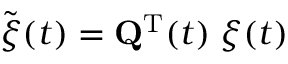
\widetilde { { \boldsymbol \xi } } ( t ) = { \mathbf Q } ^ { { \mathrm T } } ( t ) \; { \boldsymbol \xi } ( t )